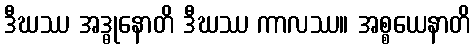
ဒီဃဿ အဒ္ဓုနောတိ ဒီဃဿ ကာလဿ။ အစ္စယေနာတိ